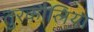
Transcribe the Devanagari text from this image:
तुरकौलिया